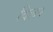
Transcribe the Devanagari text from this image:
दिल२